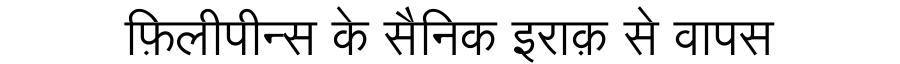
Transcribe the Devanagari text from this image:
फ़िलीपीन्स के सैनिक इराक़ से वापस